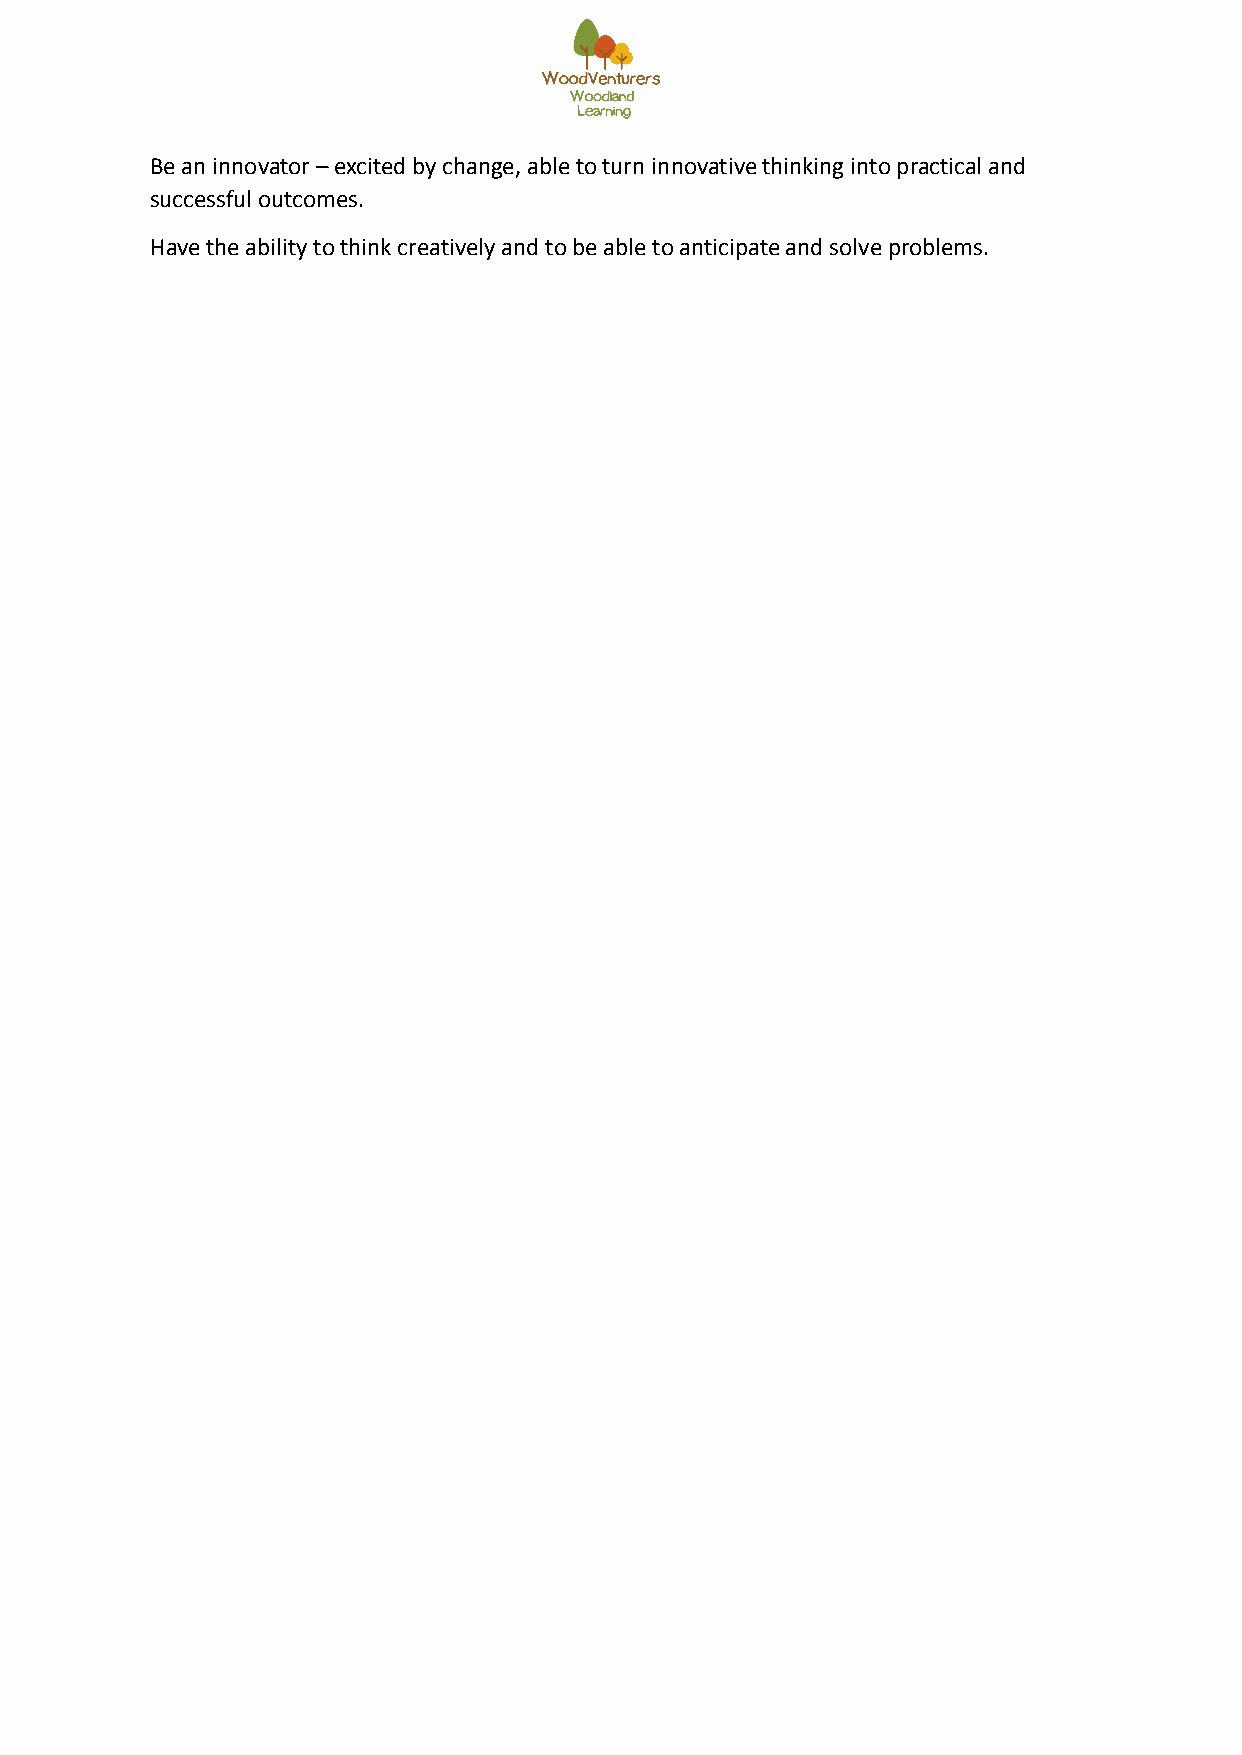
Be an innovator – excited by change, able to turn innovative thinking into practical and
 successful outcomes.
 Have the ability to think creatively and to be able to anticipate and solve problems.